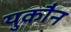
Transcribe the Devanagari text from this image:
युकौन